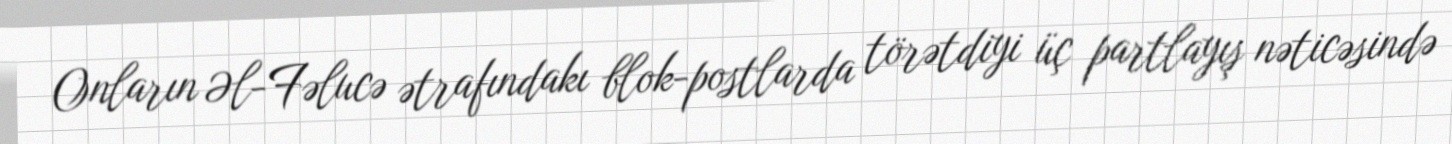
Onların Əl-Fəlucə ətrafındakı blok-postlarda törətdiyi üç partlayış nəticəsində